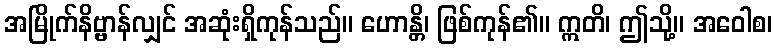
အမြိုက်နိဗ္ဗာန်လျှင် အဆုံးရှိကုန်သည်။ ဟောန္တိ၊ ဖြစ်ကုန်၏။ ဣတိ၊ ဤသို့။ အဝေါစ၊